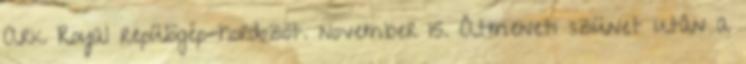
Ark Royal repülõgép-hordozót. november 15. Átmeneti szünet után a